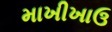
માખીખાઉ